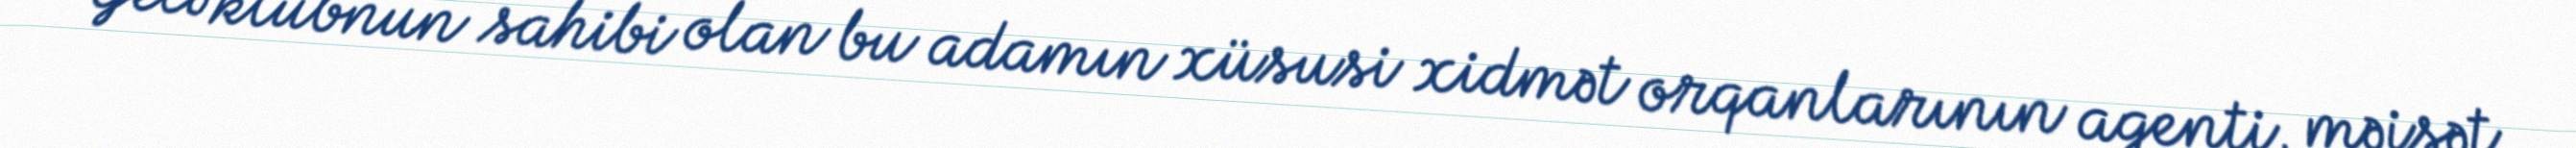
Gecə klubnun sahibi olan bu adamın xüsusi xidmət orqanlarının agenti, məişət